Medical and sanitary report of the native army of Madras for the year
Year: 1878
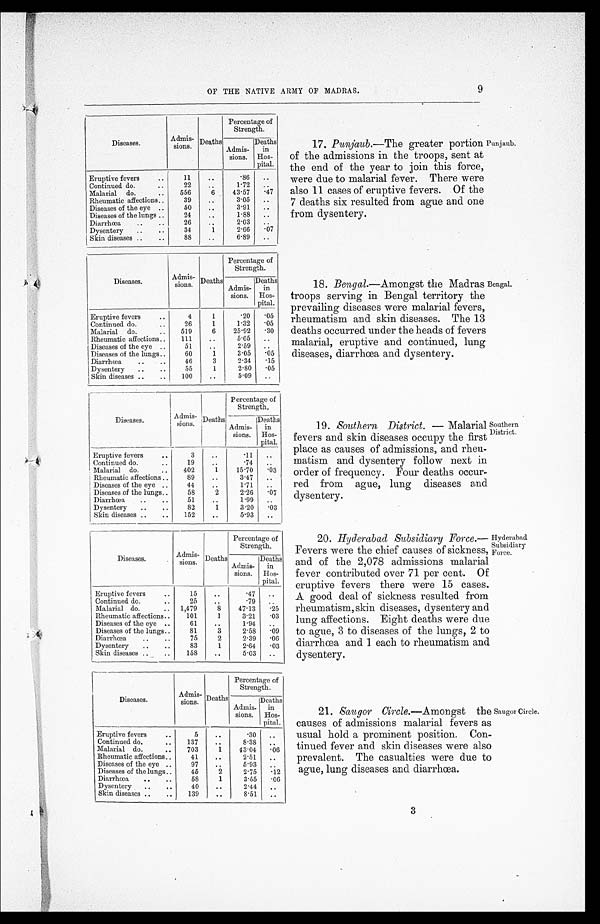
OF THE NATIVE ARMY OF MADRAS.
9
Diseases.
Admis-
sions. Deaths
Percentage of
Strength.
Admis-
sions.
Deaths
in
Hos-
pital.
Eruptive fevers
..
11
..
. 8 6 ..
Continued do...
2 2
. .
1.72
..
Malarial do.
..
556
6
43.57
. 4 7
Rheumatic affections..
39
..
3.05
..
Diseases of the eye ..
50
..
3.91
. .
Diseases of the lungs ..
24
..
1.88 ..
Diarrhœa
..
..
26
..
2.03
. .
Dysentery ..
..
34
1
2.66
.07
Skin diseases ..
..
88
..
6.89
..
Diseases.
Admis-
sions. Deaths
Percentage of
Strength.
Admis-
sions.
Deaths
in
Hos-
pital.
Eruptive fevers
..
4
1
.20
. 0 5
Continued do. ..
26
1
1.32
. 0 5
Malarial do.
..
519
6
25.92
.30
Rheumatic affections..
111
..
5.65
..
Diseases of the eye ..
51
. . 2.59
. .
Diseases of the lungs..
60
1
3.05
. 0 5
Diarrhœa
.. .. ..
46
3
2.34
. 1 5
Dysentery
..
..
55
1
2.80
. 0 5
Skin diseases ..
100
..
5.09
. .
Diseases.
Admis-
sions. Deaths
Percentage of
Strength.
Admis-
sions.
Deaths
in
Hos-
pital.
Eruptive fevers
..
3
..
.11
..
Continued do...
1 9
..
.74
..
Malarial do.
..
402
1
15.70
. 0 3
Rheumatic affections ..
89
..
3.47
..
Diseases of the eye ..
44
..
1.71
.
Diseases of the lungs..
58
2
2.26
. 0 7
Diarrhœa
..
..
51
..
1.99
. .
Dysentery
..
..
82
1
3.20
. 0 3
Skin diseases ..
..
152
..
5.93
. .
17. Punjaub .― The greater portion
of the admissions in the troops, sent at
the end of the year to join this force,
were due to malarial fever. There were
also 11 cases of eruptive fevers. Of the
7 deaths six resulted from ague and one
from dysentery.
18. Bengal.― Amongst the Madras
troops serving in Bengal territory the
prevailing diseases were malarial fevers,
rheumatism and skin diseases. The 13
deaths occurred under the heads of fevers
malarial, eruptive and continued, lung
diseases, diarrhœa and dysentery.
19. Southern District.―
Malarial
fevers and skin diseases occupy the first
place as causes of admissions, and rheu-
matism and dysentery follow next in
order of frequency. Four deaths occu-
red from ague, lung diseases and
dysentery.
Punjaub.
Bengal.
Southern.
District.
Diseases.
Admis -
sions. Deaths
Percentage of
Strength.
Admis-
sions.
Deaths
in
Hos-
pital.
Eruptive fevers
..
15
..
.47
. .
Continued do...
2 5
..
.79 ..
Malarial do.
.. 1,479
8
47.13
. 2 5
Rheumatic affections..
101
1
3.21
. 0 3
Diseases of the eye ..
61
..
1.94
..
Diseases of the lungs..
81
3 .
2.58
. 0 9
Diarrhœa
..
..
75
2
2.39
. 0 6
Dysentery
..
..
83
1
2.64
. 0 3
Skin diseases ..
..
158
..
5.03 ..
20. Hyderabad Subsidiary Force.
― F e v e r s w e r e t h e c h i e f c a u s e s o f s i c k n e s s ,
and of the 2,078 admissions malarial
fever contributed over 71 per cent. Of
eruptive fevers there were 15 cases.
A good deal of sickness resulted from
rheumatism, skin diseases, dysentery and
lung affections. Eight deaths were due
to ague, 3 to diseases of the lungs, 2 to
diarrhœa and 1 each to rheumatism and
dysentery.
Hyderabad
Subsidiary
Force.
Diseases.
Admis-
sions. Deaths
Percentage of
Strength.
Admis-
sions.
Deaths
in
Hos-
ital
.
Eruptive fevers
..
5
..
30
..
Continued do.
..
137
..
8.38
. .
Malarial do.
..
703
1
43.04
. 0 6
Rheumatic affections..
41
..
2.51
..
Diseases of the eye ..
97
.
5.93
. .
Diseases of the lungs..
45
2 2.75
. 1 2
Diarrhœa
..
..
58
1
3.55
.06
Dysentery ..
..
40
..
2.44 ..
Skin diseases ..
..
139
..
8.51
..
21. Saugor Circle. ― Amongst the
causes of admissions malarial fevers as
usual hold a prominent position. Con-
tinued fever and skin diseases were also
prevalent. The casualties were due to
ague, lung diseases and diarrhœa.
Saugor Circle.
0